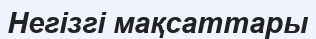
Негізгі мақсаттары